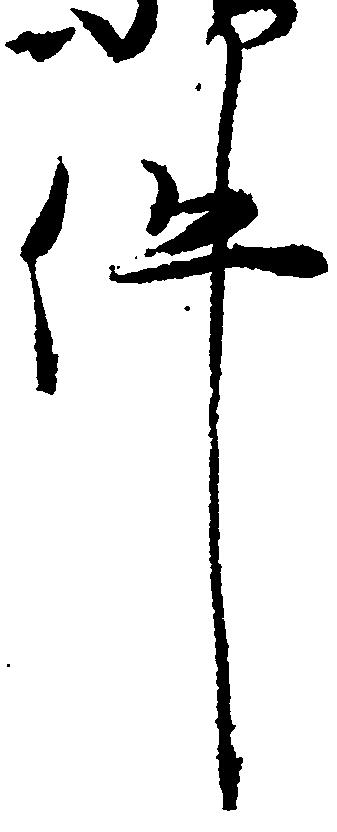
件